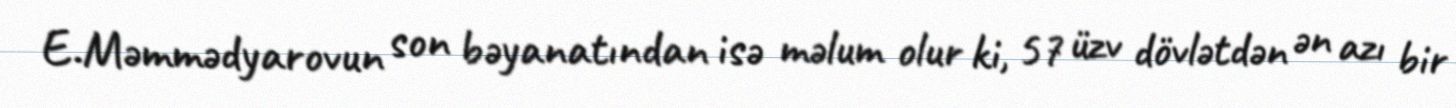
E.Məmmədyarovun son bəyanatından isə məlum olur ki, 57 üzv dövlətdən ən azı bir